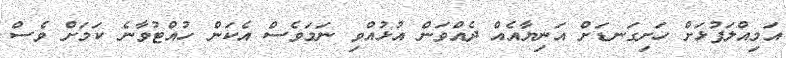
އަމިއްލަފުޅަށް ހަށިގަނޑަށް އަނިޔާއެއް ދެއްވަން އުޅުއްވި ނަމަވެސް އެކަން ހުއްޓުވާނެ ކަމަށް ވެސް